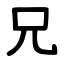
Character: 兄